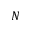
N